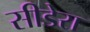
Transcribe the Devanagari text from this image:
सीडेरा